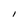
Character: I